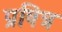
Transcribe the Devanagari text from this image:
प्रषित्र